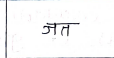
मजकूर: जत